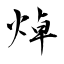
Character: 焯